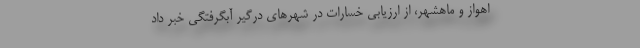
اهواز و ماهشهر، از ارزيابي خسارات در شهرهاي درگير آبگرفتگي خبر داد